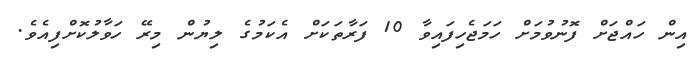
އިން ހައްޖަށް ފޮނުވުމަށް ހަމަޖެހިފައިވާ 10 ފަރާތަކަށް އެކަމުގެ ލިޔުން މިރޭ ހަވާލުކޮށްފިއެވެ.